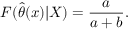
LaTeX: F ( { \widehat { \theta } } ( x ) | X ) = { \frac { a } { a + b } } .